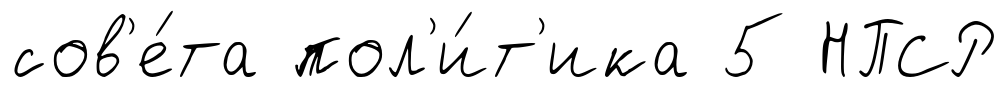
сов'е́та пол'и́т'ика 5 НПСР